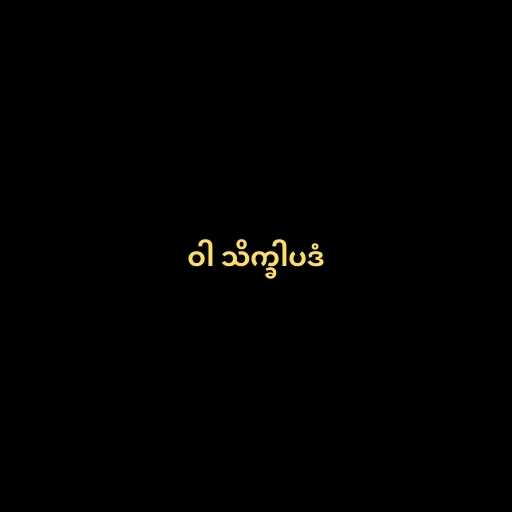
ဝါ သိက္ခါပဒံ